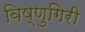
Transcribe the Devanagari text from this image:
विष्णुगिरी